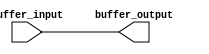
module active_high_buffer (
    input wire buffer_input,
    output wire buffer_output
);

assign buffer_output = buffer_input;

endmodule